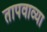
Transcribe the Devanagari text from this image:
तापवाव्या